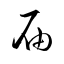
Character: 届